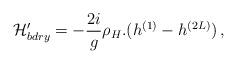
LaTeX: \begin{align*}{\cal H}_{bdry}'=-\frac{2 i}{g}\rho_H.(h^{(1)}-h^{(2L)})\, ,\end{align*}